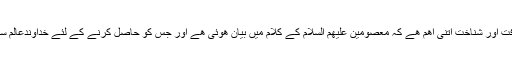
قابل ذکر ھے کہ یہ معرفت اور شناخت اتنی اھم ھے کہ معصومین علیھم السلام کے کلام میں بیان ھوئی ھے اور جس کو حاصل کرنے کے لئے خداوندعالم سے مدد طلب کرنا چاہئے۔